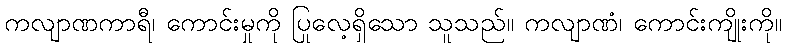
ကလျာဏကာရီ၊ ကောင်းမှုကို ပြုလေ့ရှိသော သူသည်။ ကလျာဏံ၊ ကောင်းကျိုးကို။